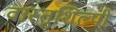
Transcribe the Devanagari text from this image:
वास्‍तुशिल्‍पी